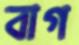
বাগ